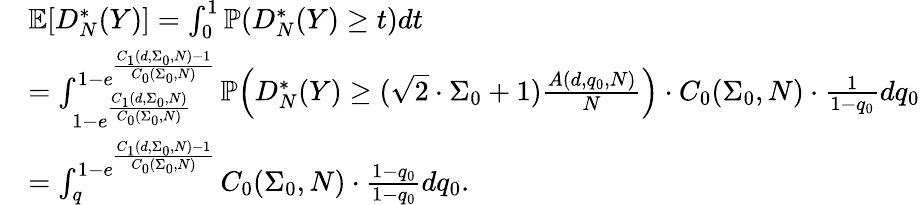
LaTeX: \begin{array}{rl}&{\mathbb{E}[D_{N}^{*}(Y)]=\int_{0}^{1}\mathbb{P}(D_{N}^{*}(Y)\ge t)dt}\\ &{=\int_{1-e^{\frac{C_{1}(d,\Sigma_{0},N)}{C_{0}(\Sigma_{0},N)}}}^{1-e^{\frac{C_{1}(d,\Sigma_{0},N)-1}{C_{0}(\Sigma_{0},N)}}}\mathbb{P}\Big(D_{N}^{*}(Y)\ge(\sqrt{2}\cdot\Sigma_{0}+1)\frac{A(d,q_{0},N)}{N}\Big)\cdot C_{0}(\Sigma_{0},N)\cdot\frac{1}{1-q_{0}}dq_{0}}\\ &{=\int_{q}^{1-e^{\frac{C_{1}(d,\Sigma_{0},N)-1}{C_{0}(\Sigma_{0},N)}}}C_{0}(\Sigma_{0},N)\cdot\frac{1-q_{0}}{1-q_{0}}dq_{0}.}\end{array}